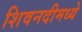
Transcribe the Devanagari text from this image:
शिवनदीमध्ये